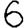
Digit: 6